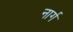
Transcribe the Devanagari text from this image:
नार्ग